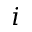
i